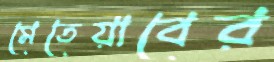
মেতেয়াবের